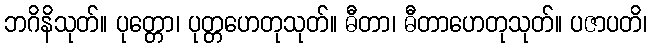
ဘဂိနိသုတ်။ ပုတ္တော၊ ပုတ္တဟေတုသုတ်။ ဓီတာ၊ ဓီတာဟေတုသုတ်။ ပဇာပတိ၊